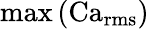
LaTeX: \operatorname*{max}\left(\operatorname{Ca}_{\operatorname{rms}}\right)